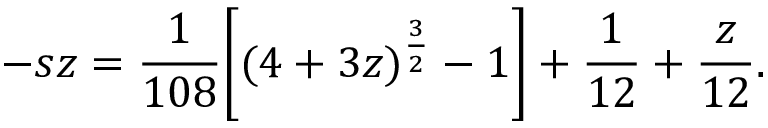
- s z = \frac { 1 } { 1 0 8 } \biggl [ ( 4 + 3 z ) ^ { \frac { 3 } { 2 } } - 1 \biggr ] + \frac { 1 } { 1 2 } + \frac { z } { 1 2 } .